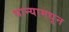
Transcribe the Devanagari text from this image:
धान्यामधून